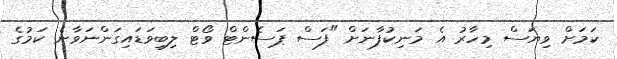
ކަމަށް ވިޔަސް މިހާރު އެ މަނިކުފާނަށް "ފަސް ޕަސެންޓް ވޯޓް ލިބިވަޑައިގަންނަވާނެ ކަމުގެ